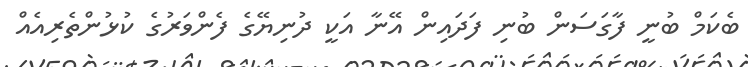
ބެކަމް ބުނީ ފާގަސަން ބުނި ފަދައިން އޭނާ އަކީ ދުނިޔޭގެ ފެންވަރުގެ ކުޅުންތެރިއެެއް